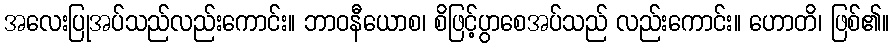
အလေးပြုအပ်သည်လည်းကောင်း။ ဘာဝနီယောစ၊ စိဖြင့်ပွာစေအပ်သည် လည်းကောင်း။ ဟောတိ၊ ဖြစ်၏။